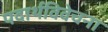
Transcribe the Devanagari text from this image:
पदार्थविवेचना